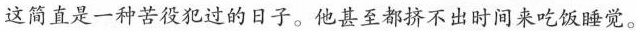
这简直是一种苦役犯过的日子。他甚至都挤不出时间来吃饭睡觉。